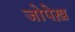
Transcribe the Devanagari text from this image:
जोपेख़